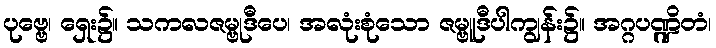
ပုဗ္ဗေ၊ ရှေး၌။ သကလဇမ္ဗုဒီပေ၊ အလုံးစုံသော ဇမ္ဗူဒီပါကျွန်း၌။ အဂ္ဂပဏ္ဍိတံ၊